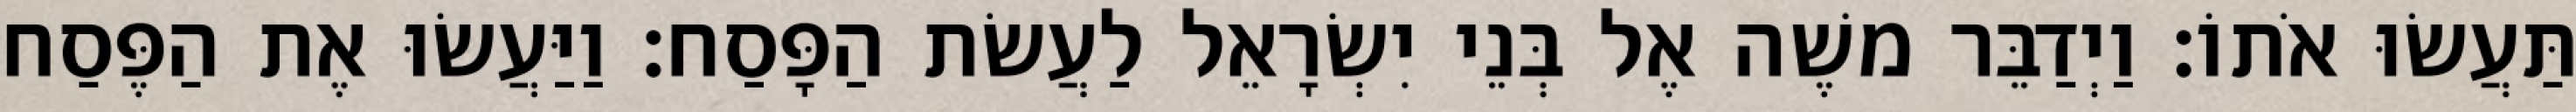
תַּעֲשׂוּ אֹתוֹ׃ וַיְדַבֵּר משֶׁה אֶל בְּנֵי יִשְׂרָאֵל לַעֲשׂת הַפָּסַח׃ וַיַּעֲשׂוּ אֶת הַפֶּסַח